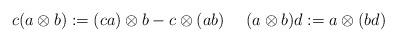
LaTeX: \begin{align*}c(a\otimes b):=(ca)\otimes b - c\otimes (ab) \ \ \ \ (a\otimes b)d:=a\otimes (bd)\end{align*}